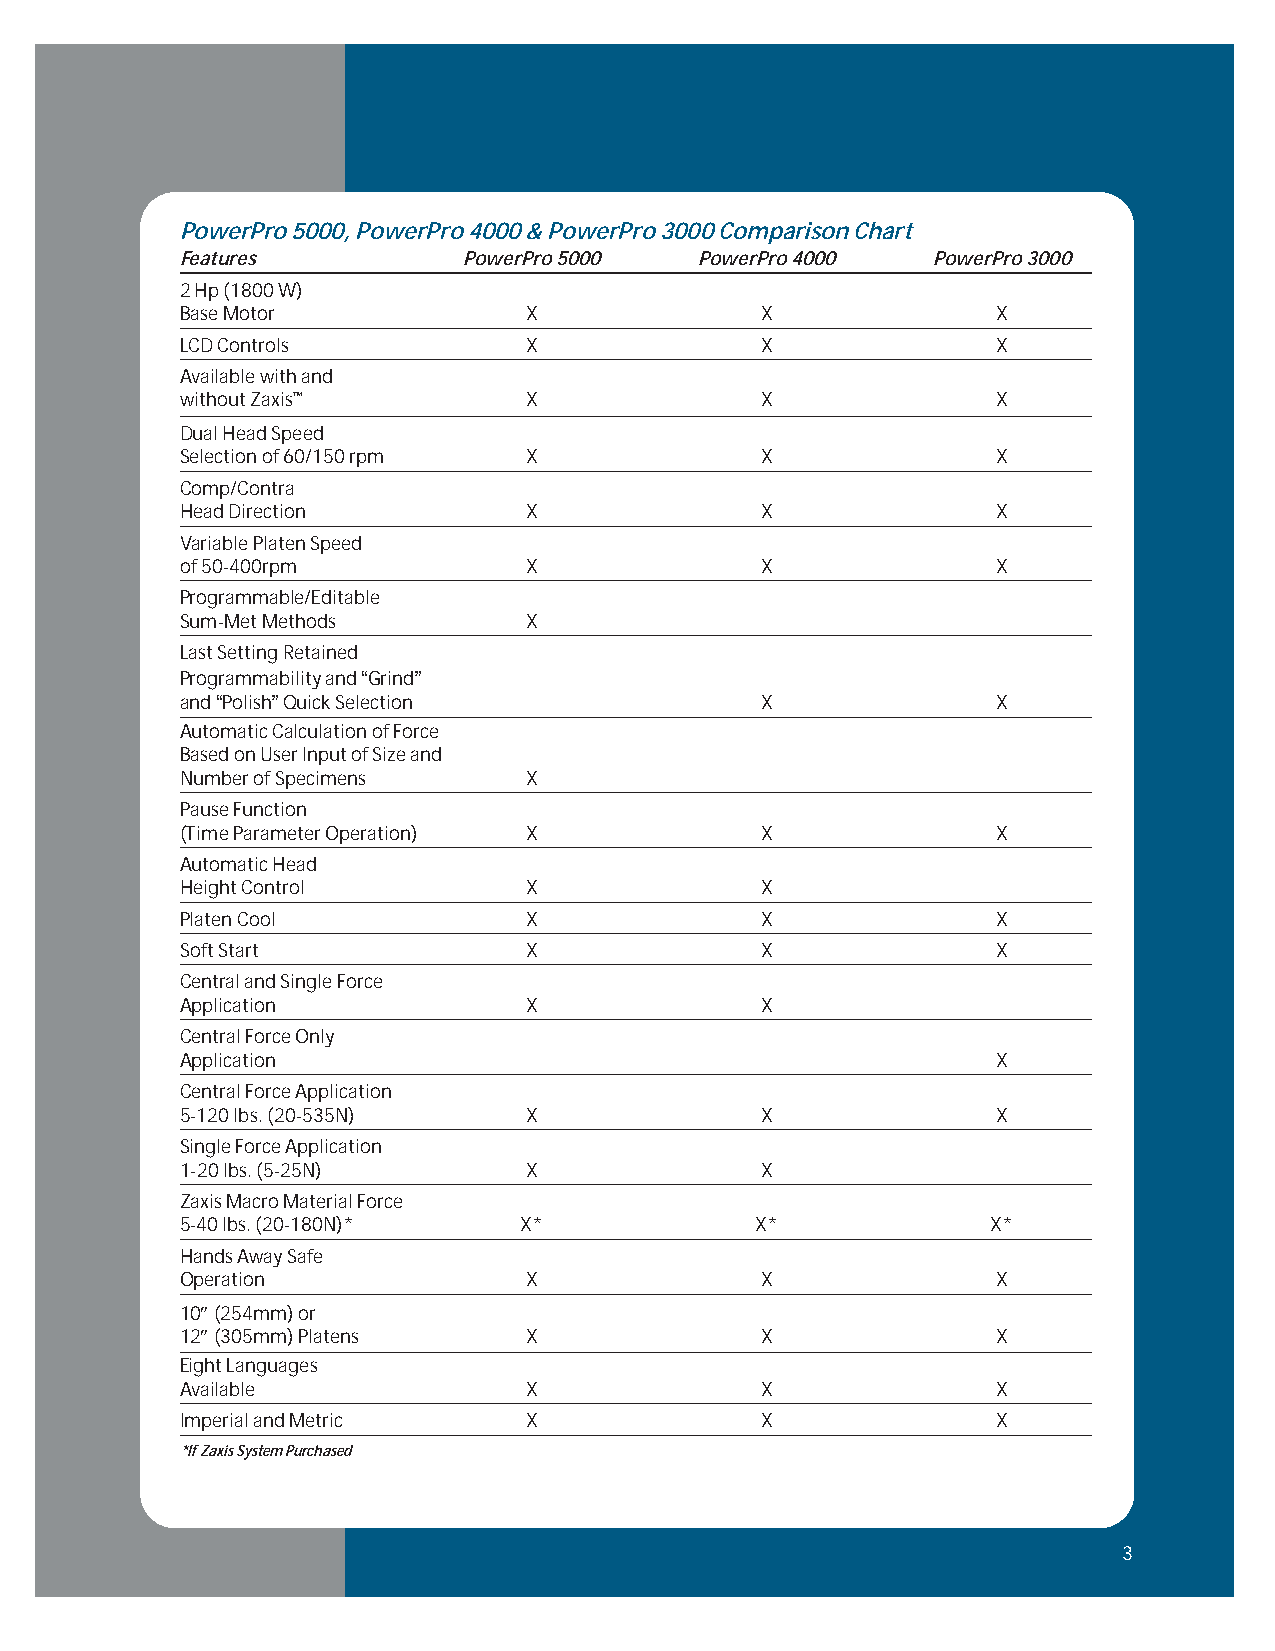
PowerPro 5000, PowerPro 4000 & PowerPro 3000 Comparison Chart
 Features           PowerPro 5000  PowerPro 4000   PowerPro 3000
 2 Hp (1800 W)
 Base Motor             X              X               X
 LCD Controls           X              X               X
 Available with and
 without Zaxis™         X              X               X
 Dual Head Speed
 Selection of 60/150 rpm X             X               X
 Comp/Contra
 Head Direction         X              X               X
 Variable Platen Speed
 of 50-400rpm           X              X               X
 Programmable/Editable
 Sum-Met Methods        X
 Last Setting Retained
 Programmability and “Grind”
 and “Polish”Quick Selection           X               X
 Automatic Calculation of Force
 Based on User Input of Size and
 Number of Specimens    X
 Pause Function
 (Time Parameter Operation) X          X               X
 Automatic Head
 Height Control         X              X
 Platen Cool            X              X               X
 Soft Start             X              X               X
 Central and Single Force
 Application            X              X
 Central Force Only
 Application                                           X
 Central Force Application
 5-120 lbs. (20-535N)   X              X               X
 Single Force Application
 1-20 lbs. (5-25N)      X              X
 Zaxis Macro Material Force
 5-40 lbs. (20-180N)*  X*              X*              X*
 Hands Away Safe
 Operation              X              X               X
 10″(254mm) or
 12″(305mm) Platens     X              X               X
 Eight Languages
 Available              X              X               X
 Imperial and Metric    X              X               X
 *If Zaxis System Purchased
 3